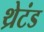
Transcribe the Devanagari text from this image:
थ्रेटंड